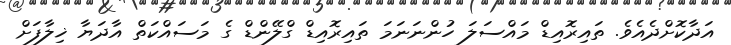
އަދާކޮށްދެއެވެ. ތައިރޮއިޑް މައްސަލަ ހުންނަނަމަ ތައިރޮއިޑް ގްލޭންޑް ގެ މަސައްކަތް އާދަޔާ ޚިލާފަށް